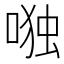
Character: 𰈋